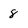
Character: 8